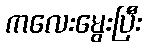
ကလေးမွေးပြီး